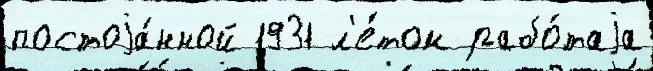
постоjа́нной 1931 л'е́том рабо́таjа